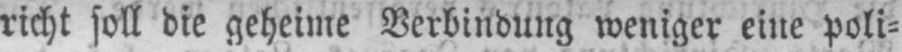
richt soll die geheime Verbindung weniger eine poli⸗